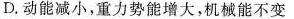
D.动能减小，重力势能增大，机械能不变